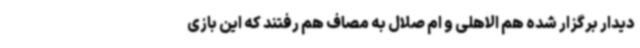
دیدار برگزار شده هم الاهلی و ام صلال به مصاف هم رفتند که این بازی